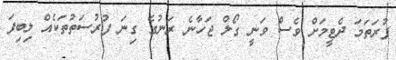
ފުރަތަމަ ދެޓީމަށް ވެސް ވަނީ ގޯލް ޖަހާނެ ރަނުގެ ގިނަ ފުރުސަތުތަކެއް ލިބިފަ